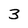
Character: 3